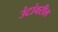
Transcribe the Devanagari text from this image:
उंटांवरील